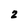
Character: 2